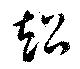
超